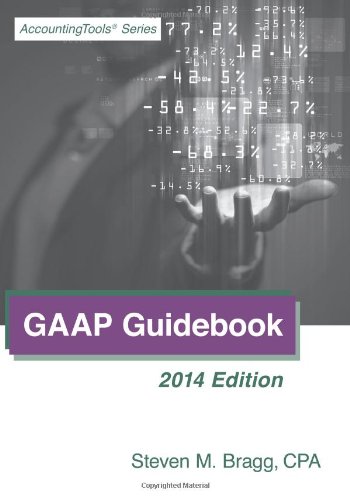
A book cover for GAAP Guidebook: 2014 Edition; Steven M. Bragg; Business & Money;